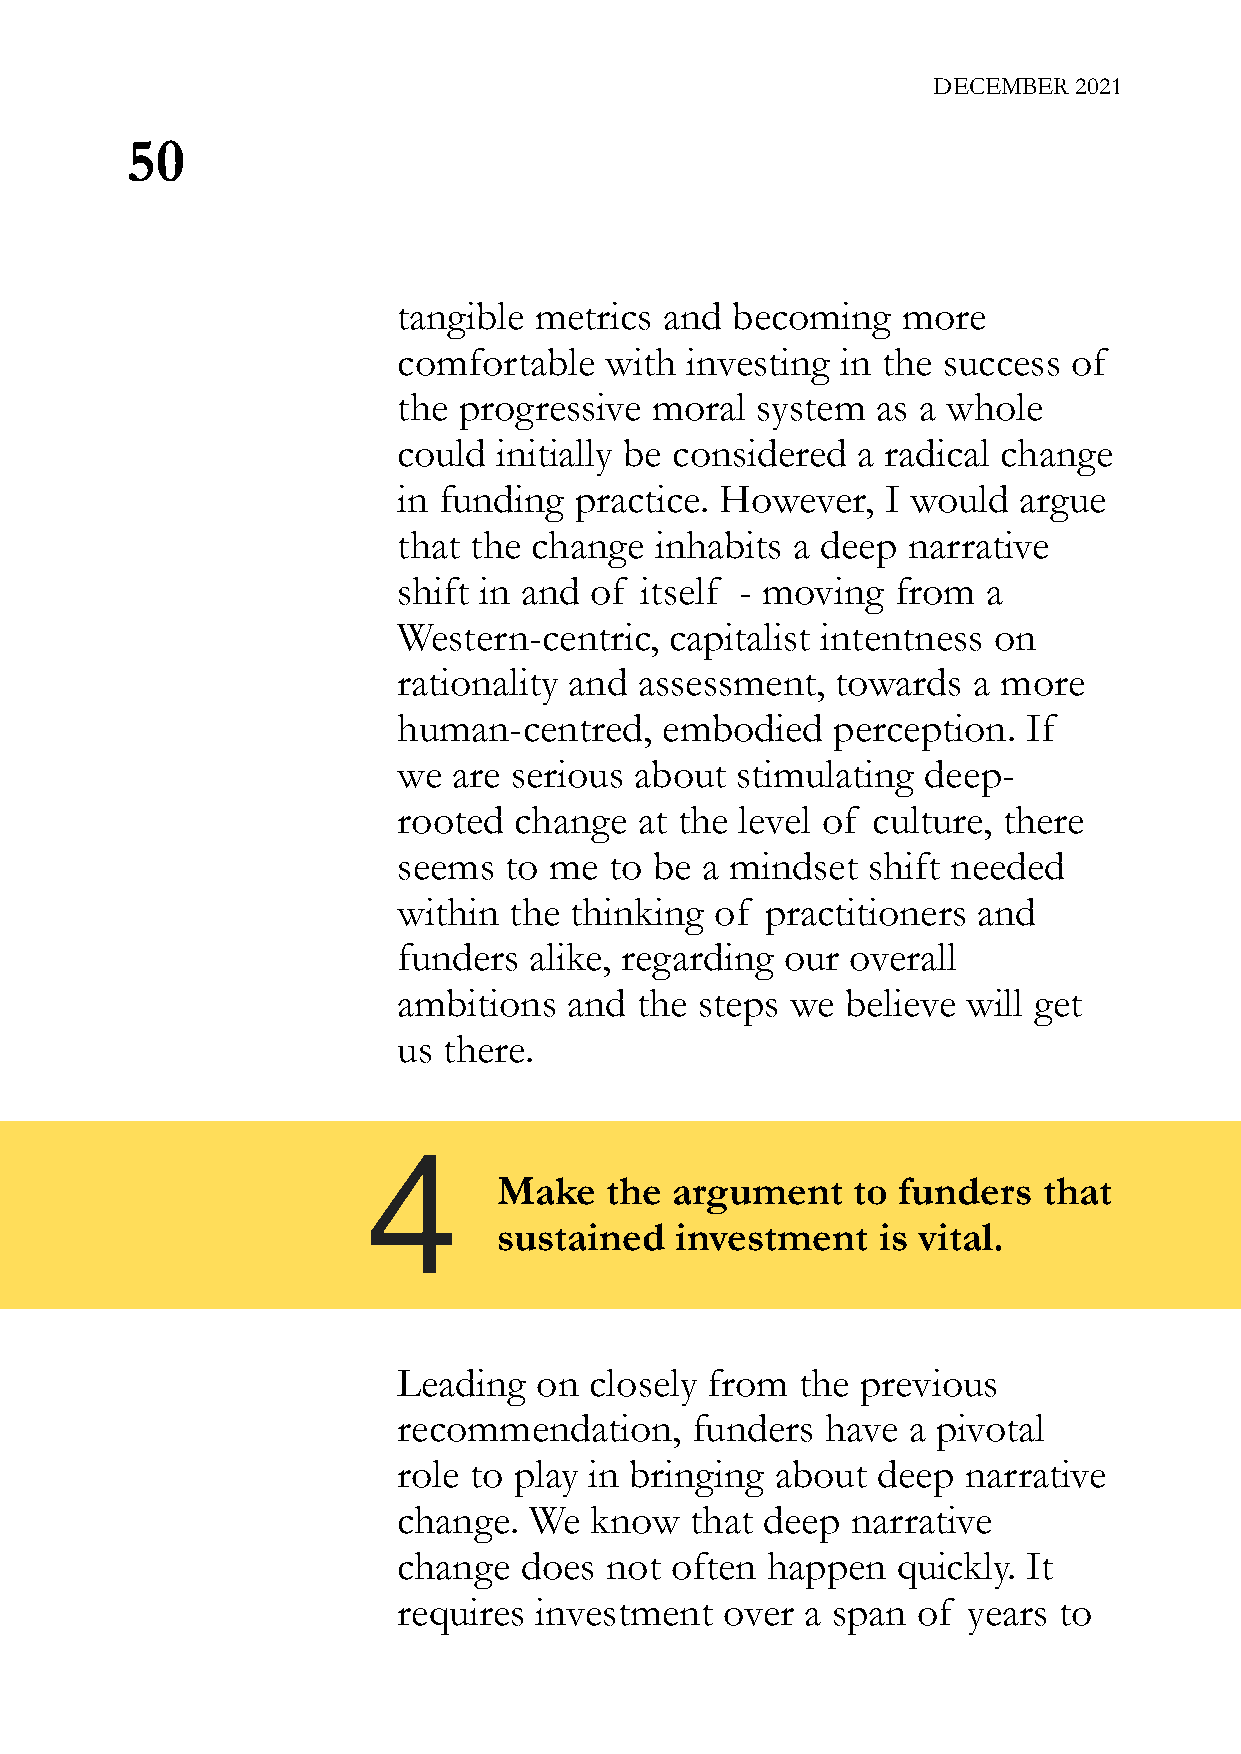
DECEMBER 2021
 50
 tangible metrics  and becoming    more
 comfortable   with investing  in the success of
 the progressive  moral  system  as a whole
 could  initially be considered a radical change
 in funding  practice. However,   I would argue
 that the change  inhabits a deep  narrative
 shift in and of itself - moving  from  a
 Western-centric,  capitalist intentness on
 rationality and assessment,  towards  a more
 human-centred,    embodied   perception.  If
 we  are serious about  stimulating deep-
 rooted  change  at the level of culture, there
 seems  to me  to be a mindset  shift needed
 within  the thinking of  practitioners and
 funders  alike, regarding our overall
 ambitions   and the steps we  believe will get
 us there.
 4
 Make   the argument    to funders   that
 sustained   investment   is vital.
 Leading  on  closely from  the previous
 recommendation,     funders  have a pivotal
 role to play in bringing about  deep  narrative
 change.  We  know   that deep narrative
 change  does  not often  happen  quickly. It
 requires investment   over a span  of years to